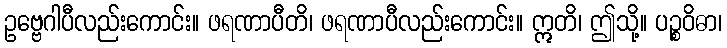
ဥဗ္ဗေဂါပီလည်းကောင်း။ ဖရဏာပီတိ၊ ဖရဏာပီလည်းကောင်း။ ဣတိ၊ ဤသို့။ ပဉ္စဝိဓာ၊